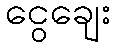
ငွေချေး